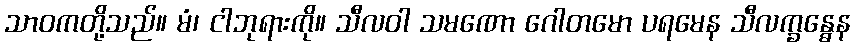
သာဝကတို့သည်။ မံ၊ ငါဘုရားကို။ သီလဝါ သမဏော ဂေါတမော ပရမေန သီလက္ခန္ဓေန